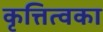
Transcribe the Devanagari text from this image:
कृत्तित्वका